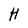
Character: H